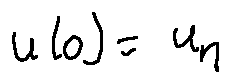
u ( 0 ) = u _ { 1 }